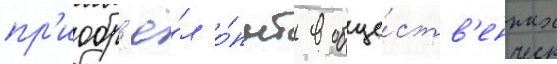
пр'иобр'ё́л о́пыт в обще́ств'енных